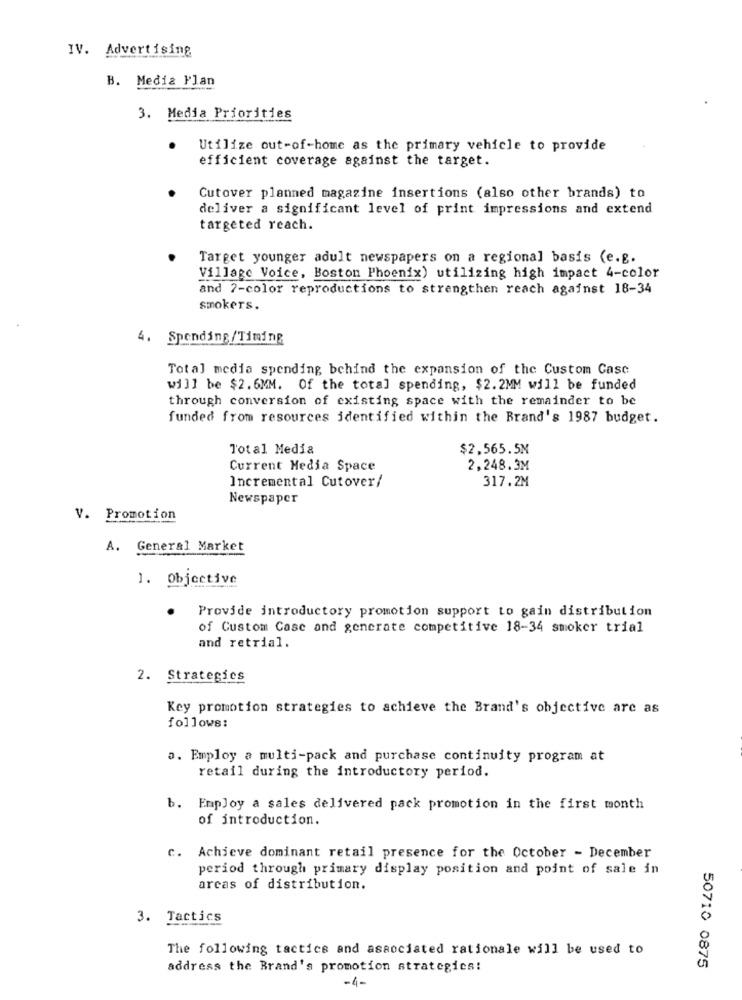
IV. Advertising
B. Media Plan
3. Media Priorities
.
Utilize out-of-home as the primary vehicle to provide
efficient coverage against the target.
Cutover planned magazine insertions (also other brands) to
deliver a significant level of print impressions and extend
targeted reach.
Target younger adult newspapers on a regional basis (e.g.
Village Voice, Boston Phoenix) utilizing high impact 4-color
and 7-color reproductions to strengthen reach against 18-34
smokers.
4. Spending/Timing
Total media spending behind the expansion of the Custom Casc
will be $2.6MM. Of the total spending, $2.2MM will be funded
through conversion of existing space with the remainder to be
funded from resources identified within the Brand's 1987 budget.
Total Media
$2,565.5M
Current Media Space
2,248.3M
317.2M
Incremental Cutover/
Newspaper
V. Promotion
A. General Market
1. Objective
Provide introductory promotion support to gain distribution
of Custom Case and generate competitive 18-34 smoker trial
and retrial.
2. Strategies
Key promotion strategies to achieve the Brand's objective are as
follows:
a. Employ a multi-pack and purchase continuity program at
retail during the introductory period.
b. Employ a sales delivered pack promotion in the first month
of introduction.
c. Achieve dominant retail presence for the October - December
period through primary display position and point of sale in
areas of distribution.
3. Tactics
The following tactics and associated rationale will be used to
address the Brand's promotion strategies!
50710 0875
-4-